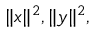
\| x \| ^ { 2 } , \| y \| ^ { 2 } ,